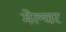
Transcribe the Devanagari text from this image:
मेल्चर